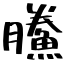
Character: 鰧